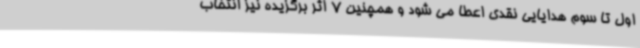
اول تا سوم هدایایی نقدی اعطا می شود و همچنین 7 اثر برگزیده نیز انتخاب